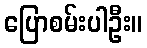
ပြောစမ်းပါဦး။